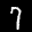
Label: 7